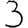
Digit: 3